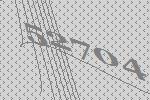
52704